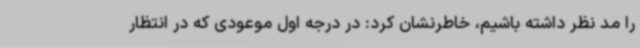
را مد نظر داشته باشیم، خاطرنشان کرد: در درجه اول موعودی که در انتظار